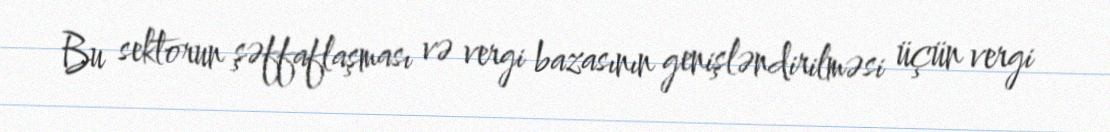
Bu sektorun şəffaflaşması və vergi bazasının genişləndirilməsi üçün vergi